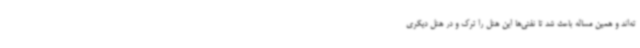
ته‌اند و همین مساله باعث شد تا نفتی‌ها این هتل را ترک و در هتل دیگری